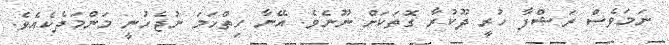
ނަމަވެސް ރަޝްފާ ހުރީ ދޫކުރާ ގޮތަކަށް ނޫނެވެ. އޭނާ ހިތްހަމަ ނުޖެހުނީ މަންމަދެކެއެވެ.